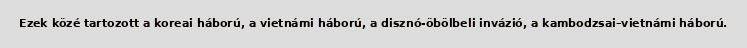
Ezek közé tartozott a koreai háború, a vietnámi háború, a disznó-öbölbeli invázió, a kambodzsai–vietnámi háború.